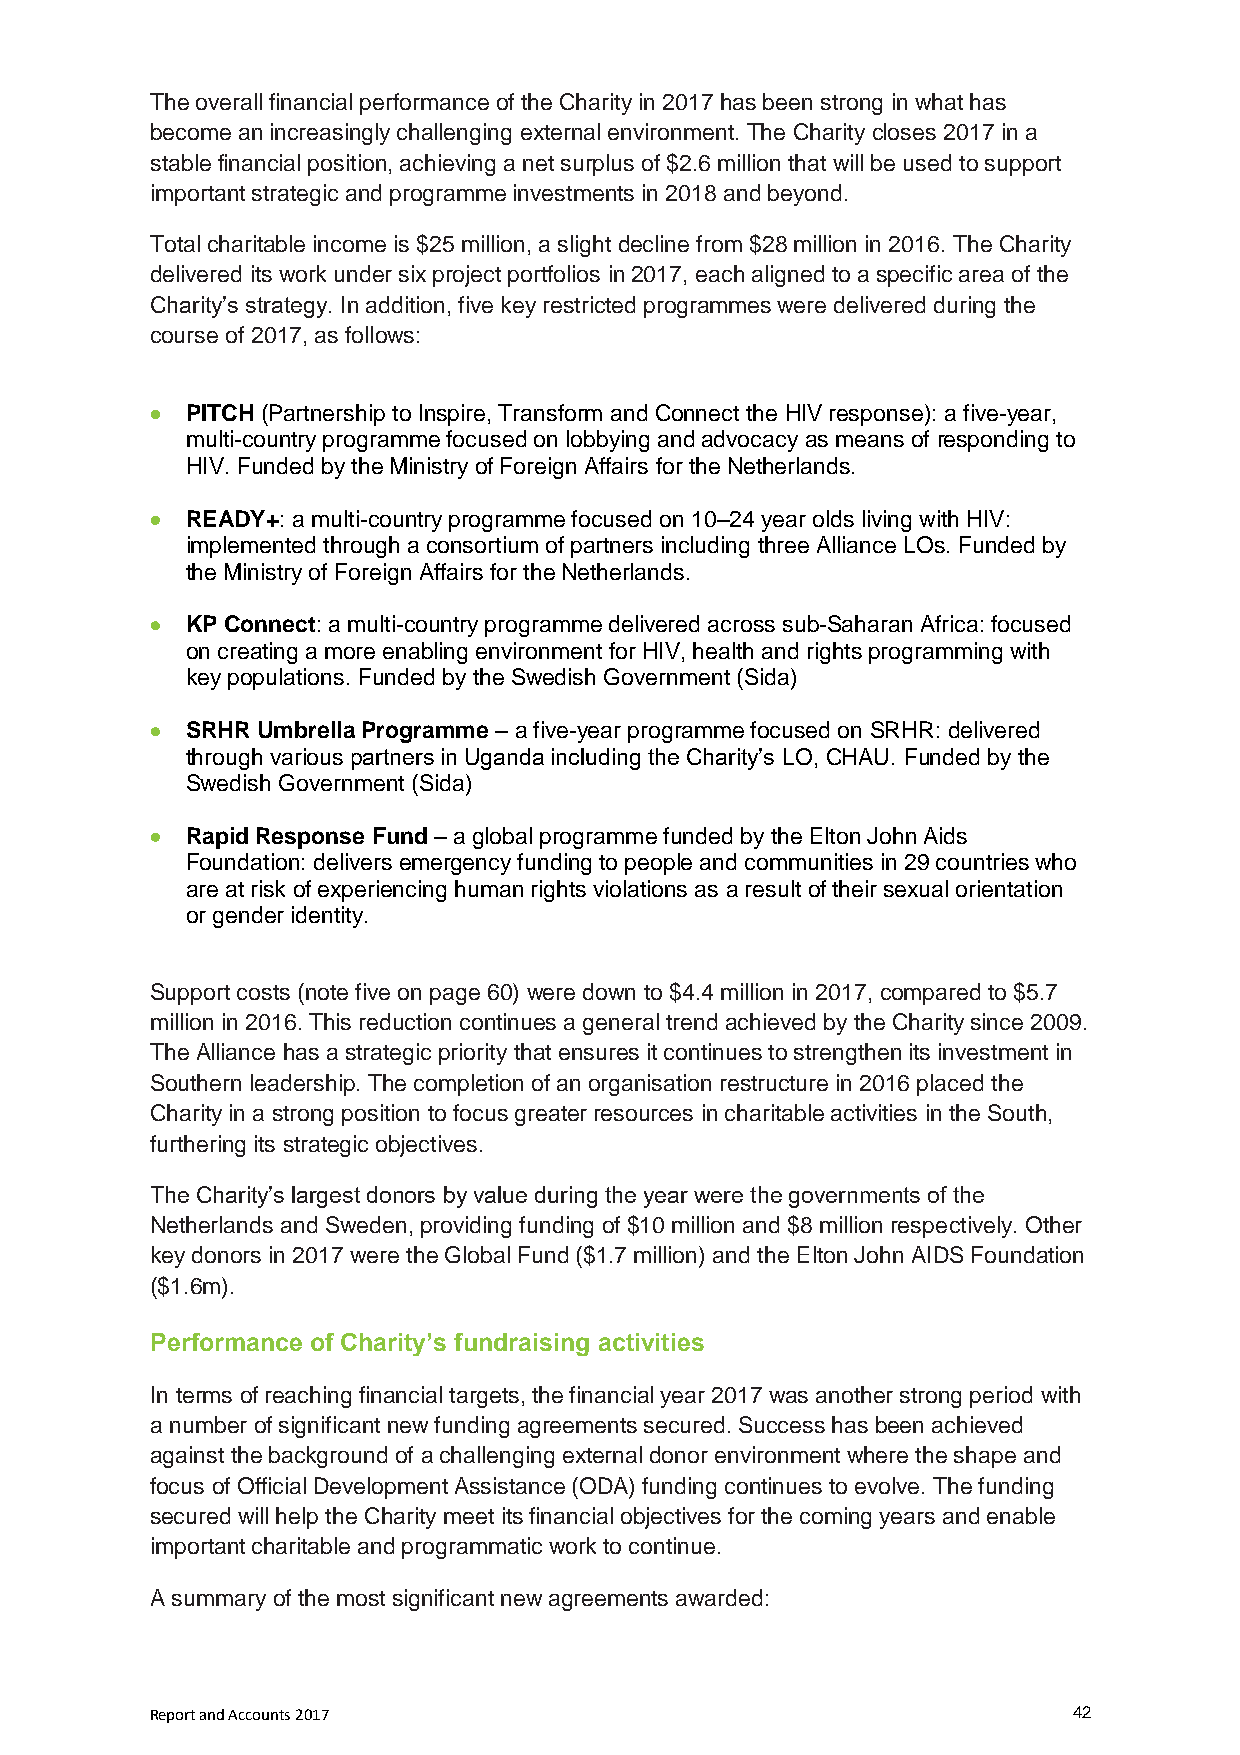
The overall financial performance of the Charity in 2017 has been strong in what has
 become an increasingly challenging external environment. The Charity closes 2017 in a
 stable financial position, achieving a net surplus of $2.6 million that will be used to support
 important strategic and programme investments in 2018 and beyond.
 Total charitable income is $25 million, a slight decline from $28 million in 2016. The Charity
 delivered its work under six project portfolios in 2017, each aligned to a specific area of the
 Charity’s strategy. In addition, five key restricted programmes were delivered during the
 course of 2017, as follows:
  PITCH (Partnership to Inspire, Transform and Connect the HIV response): a five-year,
 multi-country programme focused on lobbying and advocacy as means of responding to
 HIV. Funded by the Ministry of Foreign Affairs for the Netherlands.
  READY+: a multi-country programme focused on 10–24 year olds living with HIV:
 implemented through a consortium of partners including three Alliance LOs. Funded by
 the Ministry of Foreign Affairs for the Netherlands.
  KP Connect: a multi-country programme delivered across sub-Saharan Africa: focused
 on creating a more enabling environment for HIV, health and rights programming with
 key populations. Funded by the Swedish Government (Sida)
  SRHR Umbrella Programme – a five-year programme focused on SRHR: delivered
 through various partners in Uganda including the Charity’s LO, CHAU. Funded by the
 Swedish Government (Sida)
  Rapid Response Fund – a global programme funded by the Elton John Aids
 Foundation: delivers emergency funding to people and communities in 29 countries who
 are at risk of experiencing human rights violations as a result of their sexual orientation
 or gender identity.
 Support costs (note five on page 60) were down to $4.4 million in 2017, compared to $5.7
 million in 2016. This reduction continues a general trend achieved by the Charity since 2009.
 The Alliance has a strategic priority that ensures it continues to strengthen its investment in
 Southern leadership. The completion of an organisation restructure in 2016 placed the
 Charity in a strong position to focus greater resources in charitable activities in the South,
 furthering its strategic objectives.
 The Charity’s largest donors by value during the year were the governments of the
 Netherlands and Sweden, providing funding of $10 million and $8 million respectively. Other
 key donors in 2017 were the Global Fund ($1.7 million) and the Elton John AIDS Foundation
 ($1.6m).
 Performance of Charity’s fundraising activities
 In terms of reaching financial targets, the financial year 2017 was another strong period with
 a number of significant new funding agreements secured. Success has been achieved
 against the background of a challenging external donor environment where the shape and
 focus of Official Development Assistance (ODA) funding continues to evolve. The funding
 secured will help the Charity meet its financial objectives for the coming years and enable
 important charitable and programmatic work to continue.
 A summary of the most significant new agreements awarded:
 Report and Accounts 2017                                     42